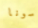
سونا